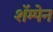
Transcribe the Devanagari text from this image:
शॅम्पेन